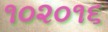
૧૦૨૦૧૬